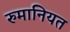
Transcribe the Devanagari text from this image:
रुमानियत